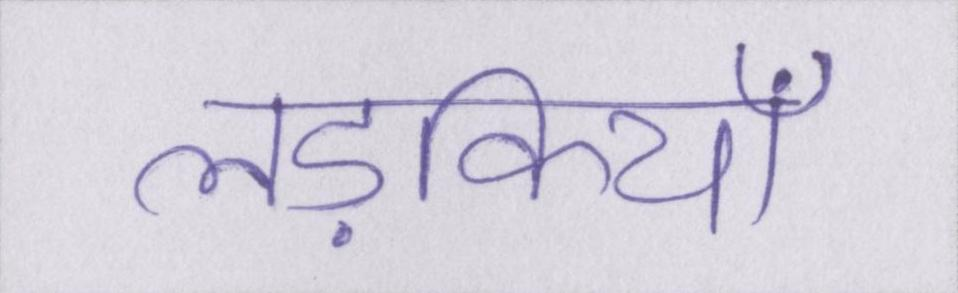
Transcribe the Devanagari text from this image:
लड़कियाँ